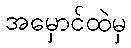
အမှောင်ထဲမှ